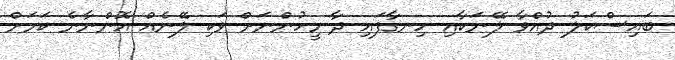
ބައިސްކަލު ދުއްވާ ލޭނަކާއި ހިނގާފައި ދާ މީހުންނަށް ވަކި ލޭނެއް އޮންނާނެ ކަމަށް